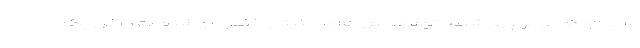
ساله‌ای که عصر چهارشنبه توسط نیروهای امنیتی با ضرب و شتم به داخل یک